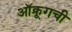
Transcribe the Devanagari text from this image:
ऑक्रूगची